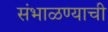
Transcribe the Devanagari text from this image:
संभाळण्याची